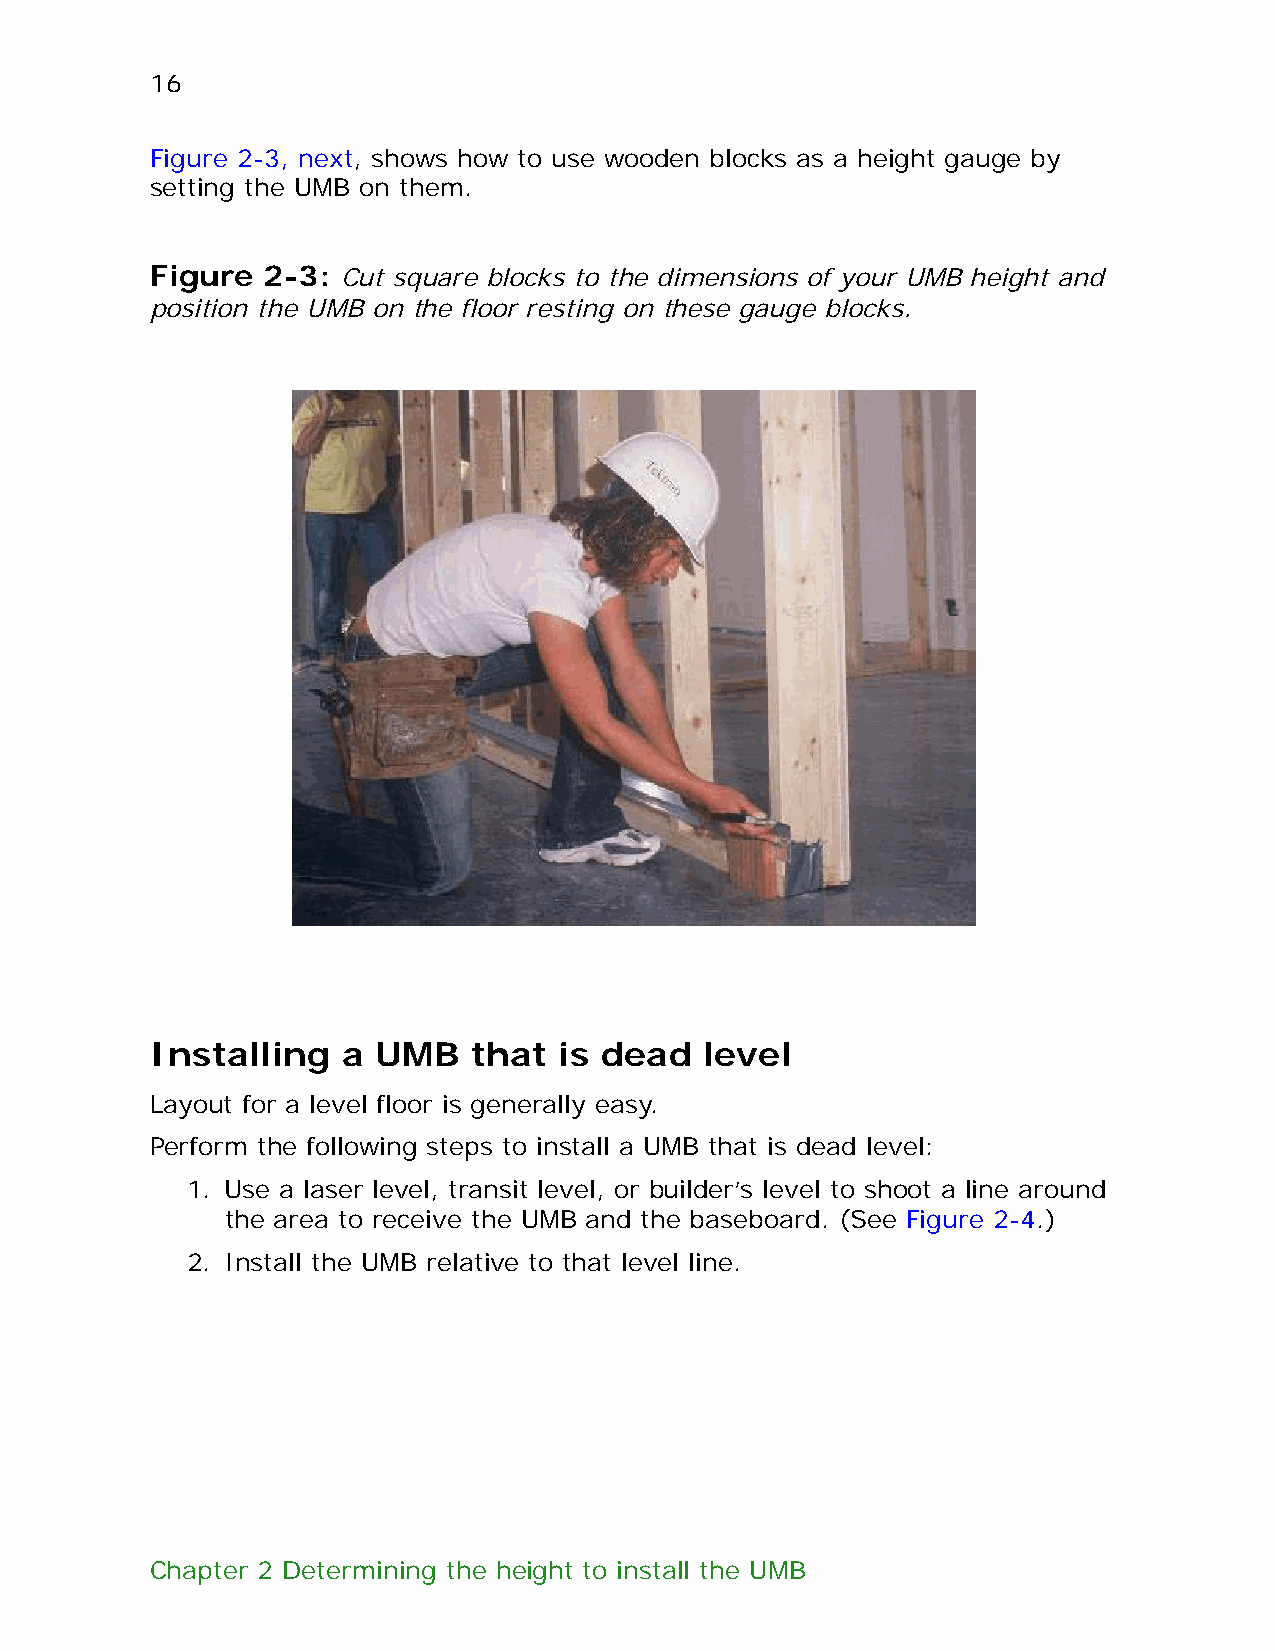
16
 Figure 2-3, next, shows how to use wooden blocks as a height gauge by
 setting the UMB on them.
 Figure 2-3:  Cut square blocks to the dimensions of your UMB height and
 position the UMB on the floor resting on these gauge blocks.
 Installing   a UMB   that  is dead   level
 Layout for a level floor is generally easy.
 Perform the following steps to install a UMB that is dead level:
 1. Use a laser level, transit level, or builder’s level to shoot a line around
 the area to receive the UMB and the baseboard. (See Figure 2-4.)
 2. Install the UMB relative to that level line.
 Chapter 2 Determining the height to install the UMB